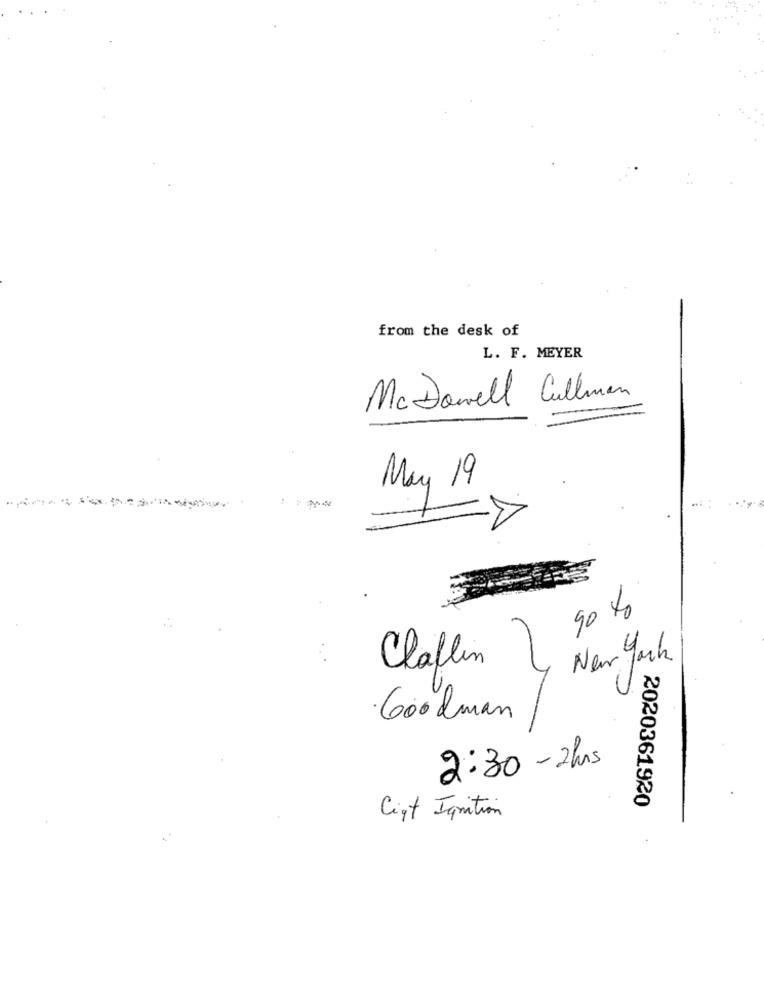
from the desk of
L. F. MEYER
McDowell Cullman
May 19
90 to
New York
Claflin
Goodman
2:30- 2hrs
2020361920
Cipt Ignition